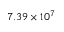
7 . 3 9 \times 1 0 ^ { 7 }